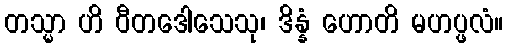
တသ္မာ ဟိ ဝီတဒေါသေသု၊ ဒိန္နံ ဟောတိ မဟပ္ဖလံ။